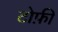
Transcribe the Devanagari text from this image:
टोफ़ी